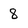
Character: 8